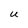
Character: U